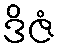
ဒိဇံ